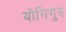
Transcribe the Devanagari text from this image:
योगिगुरु